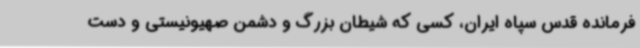
فرمانده قدس سپاه ایران، کسی که شیطان بزرگ و دشمن صهیونیستی و دست